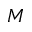
M